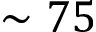
\sim 7 5